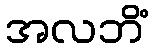
အလဘိံ